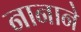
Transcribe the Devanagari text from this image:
नानाने